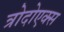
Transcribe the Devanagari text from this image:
त्रोदोएक्स